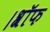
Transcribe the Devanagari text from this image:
।श्रॉफ